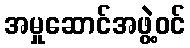
အမှုဆောင်အဖွဲ့ဝင်